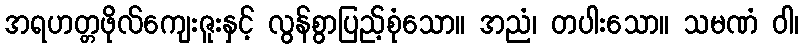
အရဟတ္တဖိုလ်ကျေးဇူးနှင့် လွန်စွာပြည့်စုံသော။ အညံ၊ တပါးသော။ သမဏံ ဝါ၊